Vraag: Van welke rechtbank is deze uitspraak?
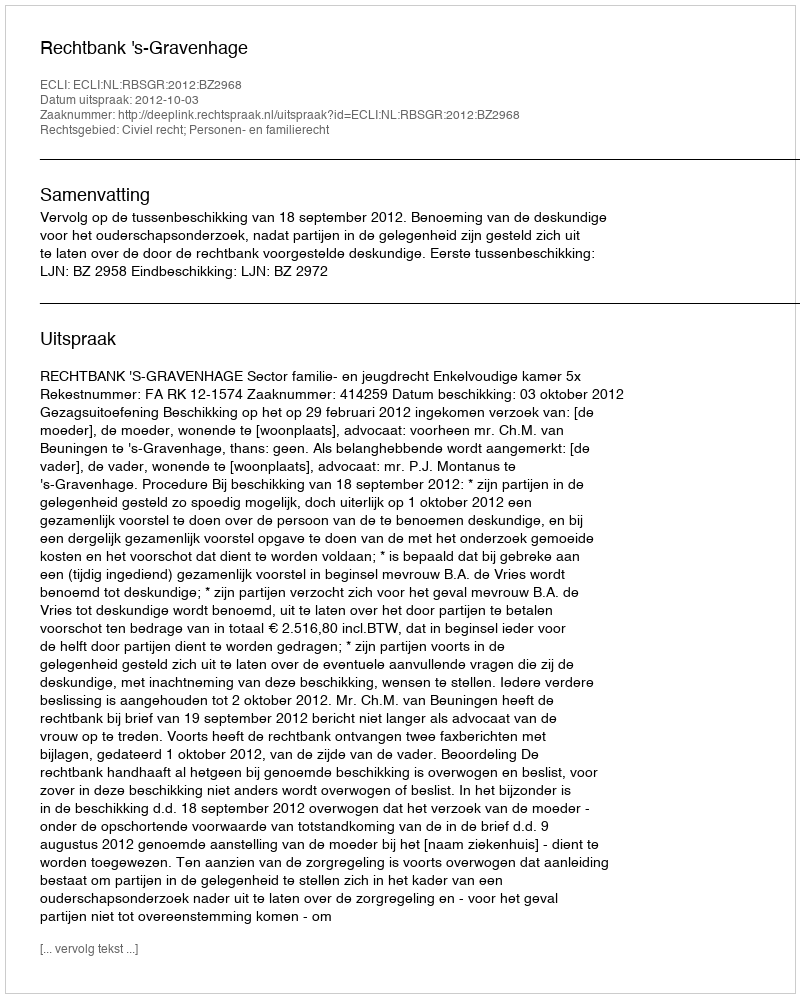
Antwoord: Rechtbank 's-Gravenhage